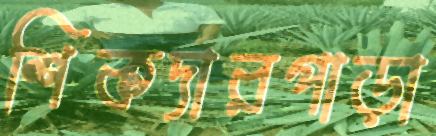
শিকদারপাড়া